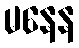
မနေန